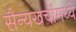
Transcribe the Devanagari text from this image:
सैन्यखर्चामध्ये